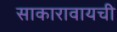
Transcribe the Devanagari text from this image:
साकारावायची